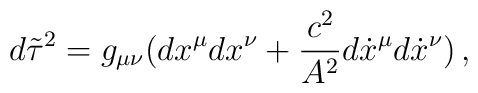
d \tilde {\tau}^{2}=g_{\mu\nu}(dx^{\mu}dx^{\nu}+\frac{c^2}{A^2} d\dot{x}^{\mu}d \dot{x}^{\nu})\,{,}